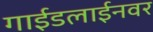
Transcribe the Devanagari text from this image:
गाईडलाईनवर